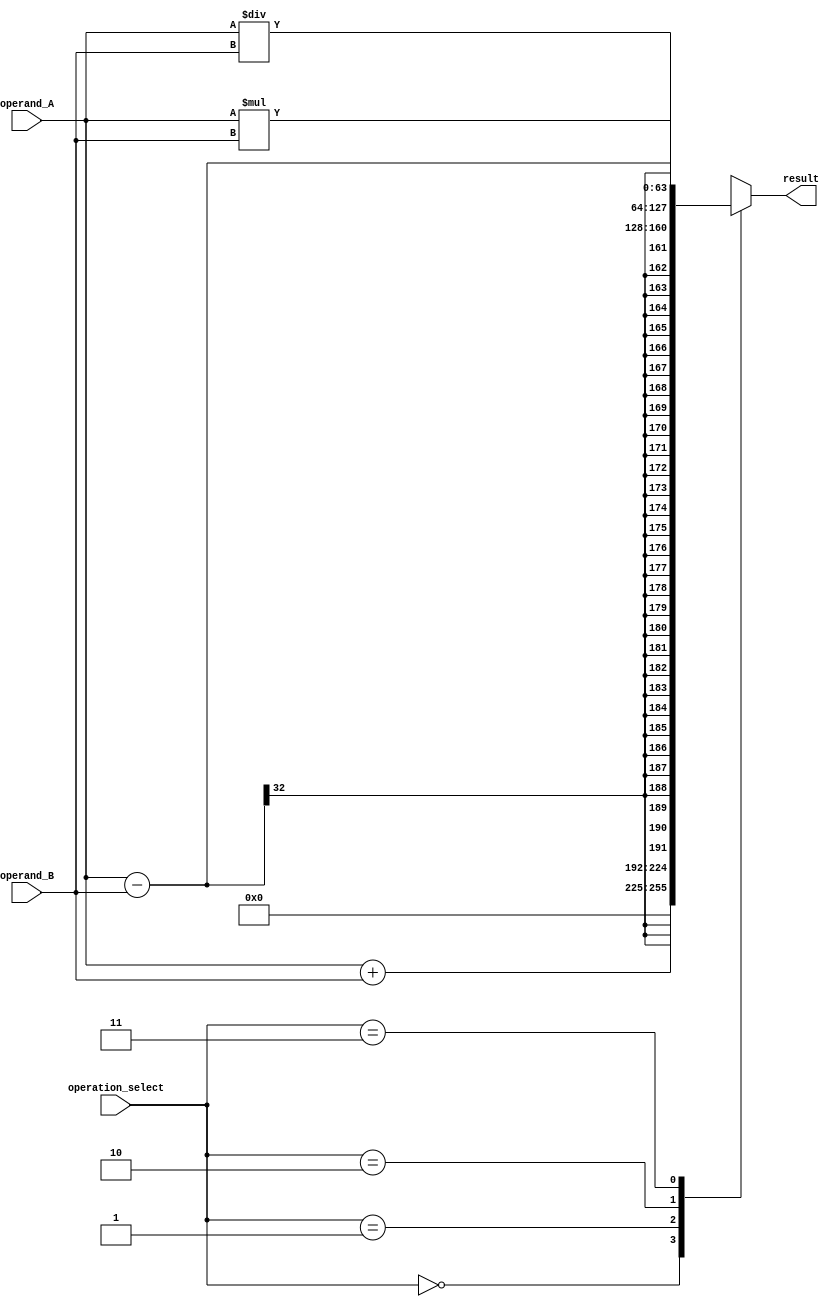
module extended_precision_fp_unit (
    input wire [31:0] operand_A,
    input wire [31:0] operand_B,
    input wire [1:0] operation_select,
    output reg [63:0] result
);

// Submodules declarations
reg [63:0] adder_result, subtractor_result, multiplier_result, divider_result;

// Adder submodule
always @(*) begin
    adder_result = operand_A + operand_B;
end

// Subtractor submodule
always @(*) begin
    subtractor_result = operand_A - operand_B;
end

// Multiplier submodule
always @(*) begin
    multiplier_result = operand_A * operand_B;
end

// Divider submodule
always @(*) begin
    divider_result = operand_A / operand_B;
end

// Control logic to route operands to the appropriate block
always @(*) begin
    case(operation_select)
        2'b00: result = adder_result;
        2'b01: result = subtractor_result;
        2'b10: result = multiplier_result;
        2'b11: result = divider_result;
    endcase
end

endmodule